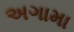
અગામા